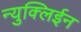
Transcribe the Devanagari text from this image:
न्युक्लिईन